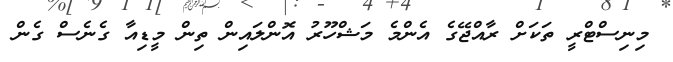
މިނިސްޓްރީ ތަަކަށް ރާއްޖޭގެ އެންމެ މަޝްހޫރު އޮންލައިން ތިން މީޑިއާ ގެނެސް ގެން